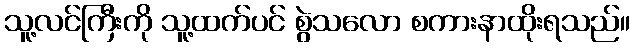
သူ့လင်ကြီးကို သူ့ထက်ပင် စွဲသလော စကားနာထိုးရသည်။